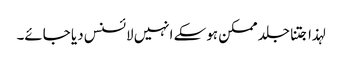
لہذا جتنا جلد ممکن ہوسکے انہیں لائسنس دیا جائے۔